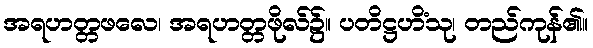
အရဟတ္တဖလေ၊ အရဟတ္တဖိုလ်၌။ ပတိဋ္ဌဟိံသု၊ တည်ကုန်၏။